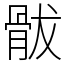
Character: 䯋